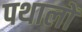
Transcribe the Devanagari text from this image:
पथालों